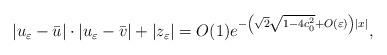
LaTeX: \begin{align*} |u_\varepsilon-\bar{u}|\cdot|u_\varepsilon-\bar{v}|+|z_\varepsilon|=O(1)e^{-\left(\sqrt{2}\sqrt{1-4c_0^2}+O(\varepsilon)\right)|x|}, \end{align*}